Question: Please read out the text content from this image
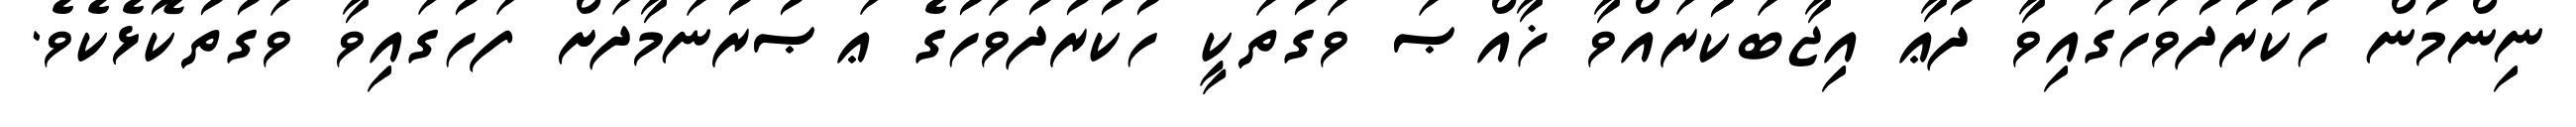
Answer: ނިންމުން ހުކުރުދުވަހުގައިވާ ދުޢާ އިޖާބަކުރައްވާ ޚާއްޞަ ވަގުތަކީ ހުކުރުދުވަހުގެ ޢަޞުރުނަމާދަށް ފަހުގައިވާ ވަގުތުކޮޅެކެވެ.